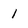
Character: 1